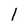
Character: 1